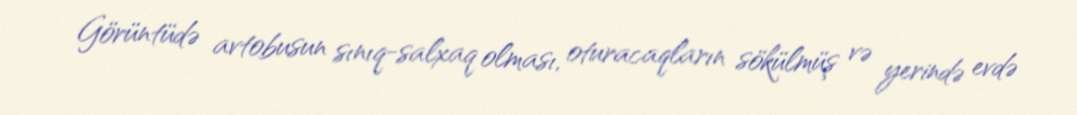
Görüntüdə avtobusun sınıq-salxaq olması, oturacaqların sökülmüş və yerində evdə